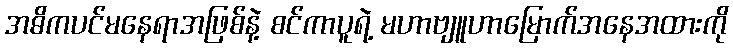
အဓိကပင်မနေရာအဖြစ်နဲ့ စင်ကာပူရဲ့ မဟာဗျူဟာမြောက်အနေအထားကို